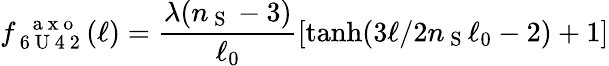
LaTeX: f_{\mathrm{~6~U~4~2~}}^{\mathrm{~\, ~a~x~o~}}(\ell)=\frac{\lambda(n_{\mathrm{~S~}}-3)}{\ell_{0}}[\operatorname{tanh}(3\ell/2n_{\mathrm{~S~}}\ell_{0}-2)+1]